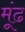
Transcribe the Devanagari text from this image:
मूंढ